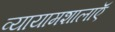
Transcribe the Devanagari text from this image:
व्यायामशालाऍ